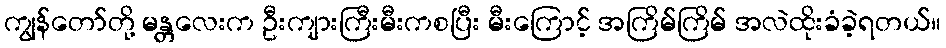
ကျွန်တော်တို့ မန္တလေးက ဦးကျားကြီးမီးကစပြီး မီးကြောင့် အကြိမ်ကြိမ် အလဲထိုးခံခဲ့ရတယ်။